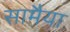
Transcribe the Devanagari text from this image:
सामैया